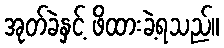
အုတ်ခဲနှင့် ဖိထားခဲ့ရသည်။